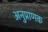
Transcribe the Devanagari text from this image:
अनुप्राणक